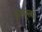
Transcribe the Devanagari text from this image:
ज़रथुस्त्रा